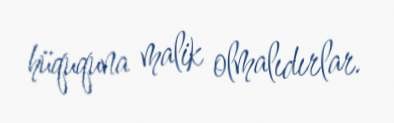
hüququna malik olmalıdırlar.